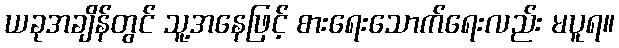
ယခုအချိန်တွင် သူ့အနေဖြင့် စားရေးသောက်ရေးလည်း မပူရ။